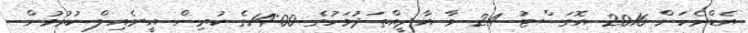
އެޑްރެހަށް 2016 އޮގަސްޓު 24 ވާ އާދީއްތަދުވަހުގެ 14:00ގެ ކުރިން އީ-މެއިލް ކުރުމުން